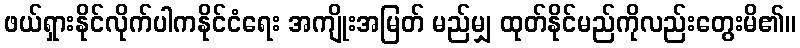
ဖယ်ရှားနိုင်လိုက်ပါကနိုင်ငံရေး အကျိုးအမြတ် မည်မျှ ထုတ်နိုင်မည်ကိုလည်းတွေးမိ၏။